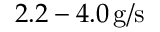
2 . 2 - 4 . 0 \, \mathrm { g / s }